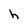
Character: h